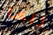
ربما